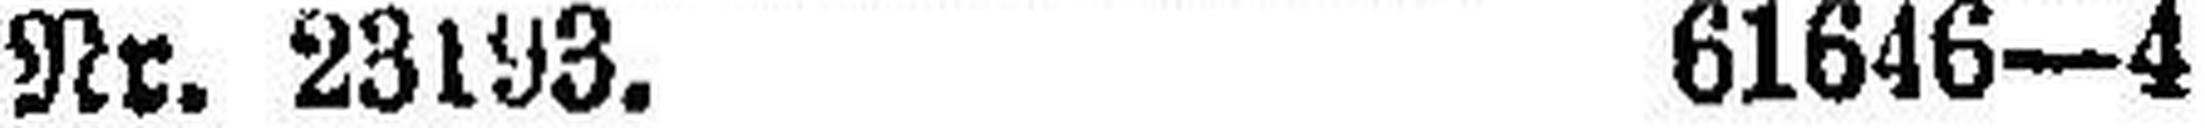
Nr. 23193. 61646—4